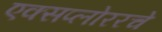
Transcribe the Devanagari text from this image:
एक्सप्लोररचे